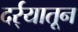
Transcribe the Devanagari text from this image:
दर्र्‍यातून